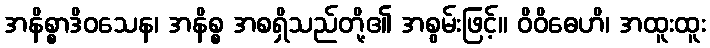
အနိစ္စာဒိဝသေန၊ အနိစ္စ အစရှိသည်တို့၏ အစွမ်းဖြင့်။ ဝိဝိဓေဟိ၊ အထူးထူး